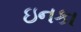
ઇનકા